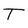
Character: T